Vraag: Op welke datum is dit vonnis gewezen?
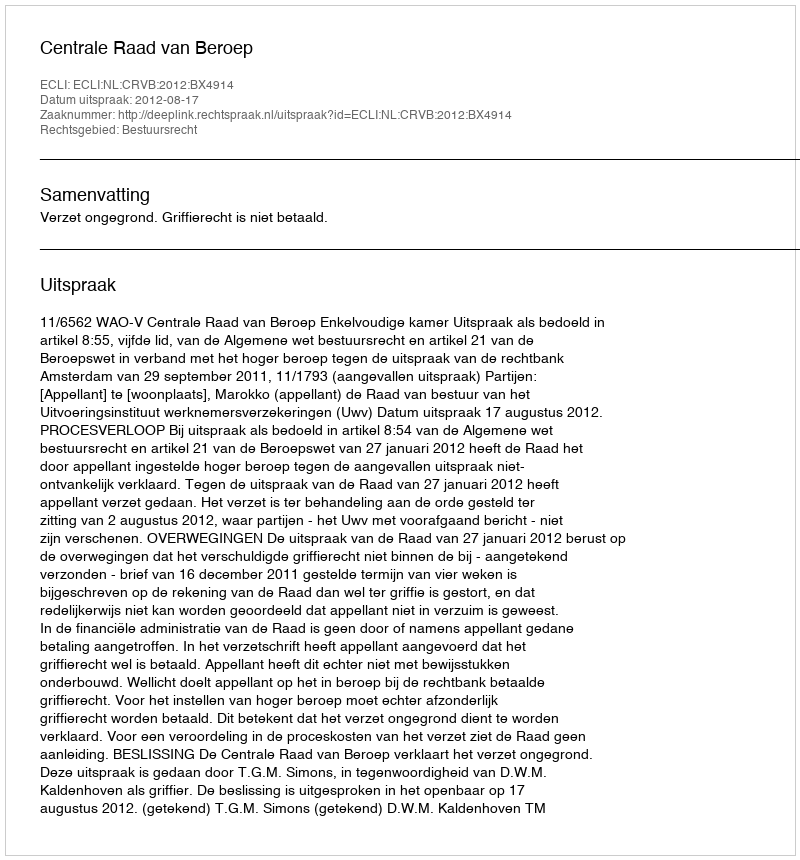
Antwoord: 2012-08-17